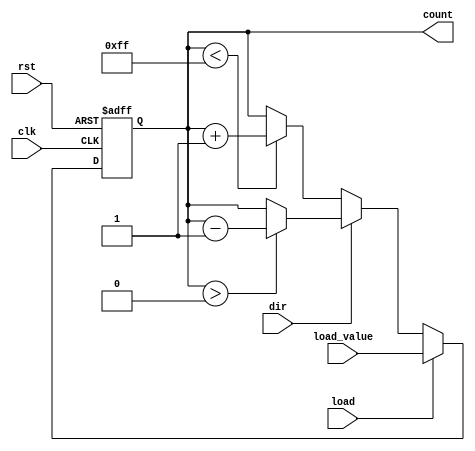
module synchronous_load_counter (
    input wire clk,                // Clock signal
    input wire rst,                // Asynchronous reset
    input wire load,               // Load control signal
    input wire [N-1:0] load_value, // Value to load into the counter
    input wire dir,                // Direction control signal (0: up, 1: down)
    output reg [N-1:0] count       // Current counter value
);
    parameter N = 8; // Define the bit-width of the counter

    // Asynchronous reset
    always @(posedge clk or posedge rst) begin
        if (rst) begin
            count <= 0; // Reset counter to 0
        end else if (load) begin
            count <= load_value; // Load the specified value
        end else begin
            // Counting operation
            if (dir == 0) begin
                // Count up
                if (count < (2**N - 1)) begin
                    count <= count + 1; // Increment counter
                end
            end else begin
                // Count down
                if (count > 0) begin
                    count <= count - 1; // Decrement counter
                end
            end
        end
    end
endmodule